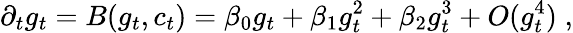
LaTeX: \partial_{t}g_{t}=B(g_{t},c_{t})=\beta_{0}g_{t}+\beta_{1}g_{t}^{2}+\beta_{2}g_{t}^{3}+O(g_{t}^{4})\; ,